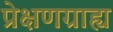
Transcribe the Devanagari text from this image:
प्रेक्षणग्राह्य